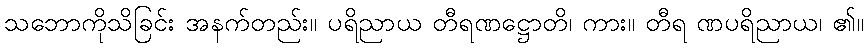
သဘောကိုသိခြင်း အနက်တည်း။ ပရိညာယ တီရဏဋ္ဌောတိ၊ ကား။ တီရ ဏပရိညာယ၊ ၏။